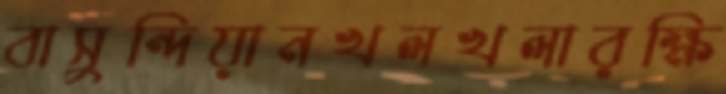
বাসুন্দিয়ানখলখলারক্ষি